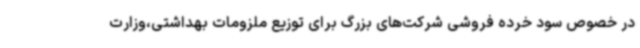
در خصوص سود خرده فروشی شرکت‌های بزرگ برای توزیع ملزومات بهداشتی،وزارت